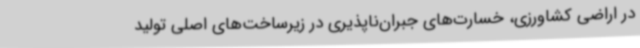
در اراضی کشاورزی، خسارت‌های جبران‌ناپذیری در زیرساخت‌های اصلی تولید